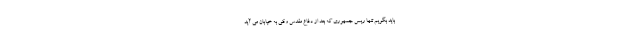
باید بگویم تنها ریس جمهوری که بعد از دفاع مقدس وقتی به خیابان می آید